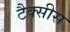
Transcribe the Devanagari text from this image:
टैक्सीस